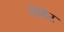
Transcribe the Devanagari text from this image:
लेव्हेट